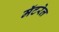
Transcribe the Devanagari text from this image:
मॅटरेल